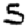
Digit: 5